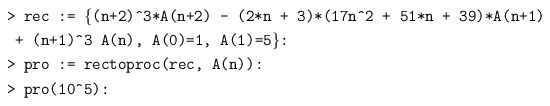
\begin{align*} &\texttt{> rec := \{(n+2)\^{}3*A(n+2) - (2*n + 3)*(17n\^{}2 + 51*n + 39)*A(n+1)} \\ &\texttt{ + (n+1)\^{}3 A(n), A(0)=1, A(1)=5\}: }\\ &\texttt{> pro := rectoproc(rec, A(n)):}\\ &\texttt{> pro(10\^{}5):}\end{align*}